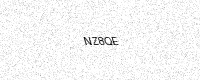
Text: NZ8QE